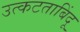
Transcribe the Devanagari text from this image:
उत्कटताबिंदू